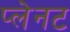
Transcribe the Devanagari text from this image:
प्लेनट